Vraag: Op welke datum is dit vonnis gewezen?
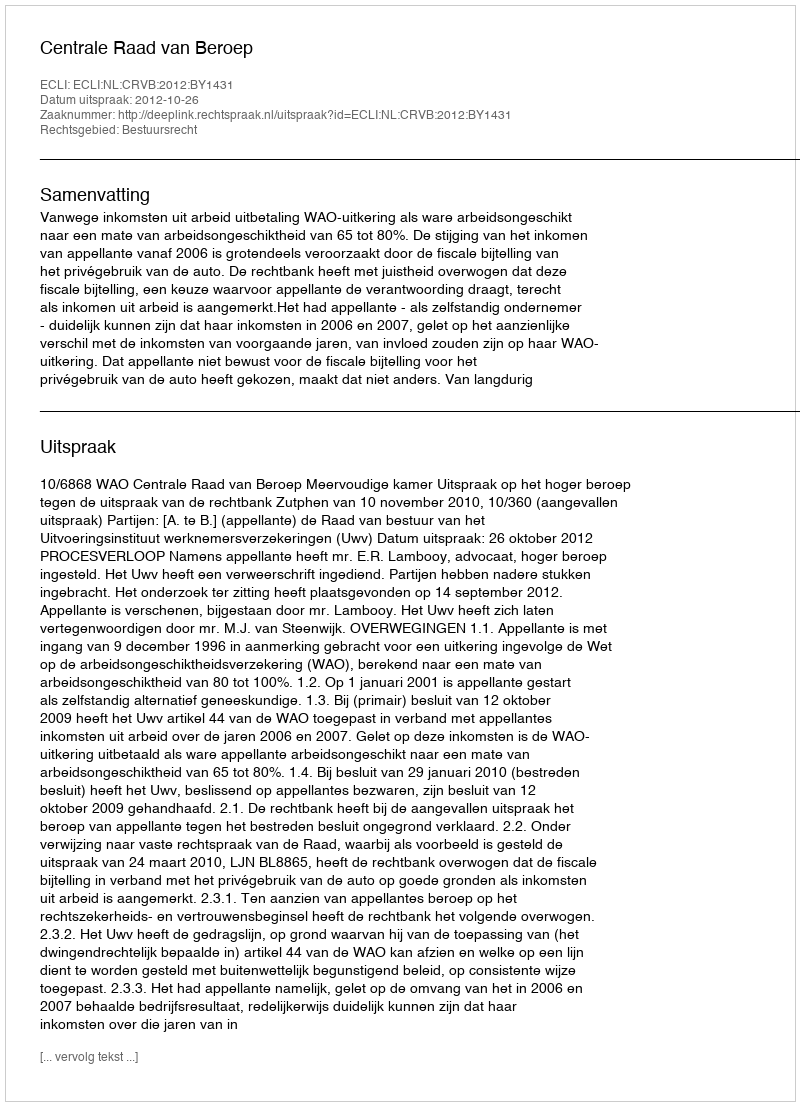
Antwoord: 2012-10-26